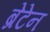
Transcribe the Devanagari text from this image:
ब्रेटेन